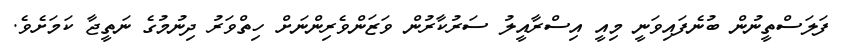
ފަލަސްތީނުން ބުނެފައިވަނީ މިއީ އިސްރާއީލު ސަރުކާރުން ވަޒަންވެރިންނަށް ހިތްވަރު ދިނުމުގެ ނަތީޖާ ކަމަށެވެ.